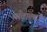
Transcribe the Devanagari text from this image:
माँटाल्टो